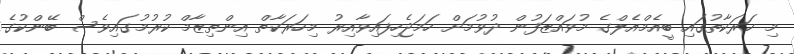
މި ހަރަކާތުގައި ބީއެމްއެލްގެ މުވައްޒަފުން ދުވުމަށް ހަމަޖެހިފައިވާއިރު މިހަރަކާތް އިންތިޒާމް ކުރުމުގައިވެސް ބޭންކުގެ